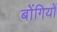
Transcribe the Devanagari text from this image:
बोंगियों